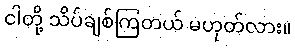
ငါတို့ သိပ်ချစ်ကြတယ် မဟုတ်လား။